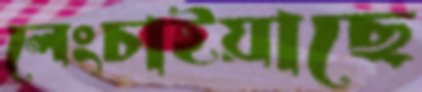
লেংচাইয়াছে